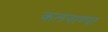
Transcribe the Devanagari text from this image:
कलवाण्या